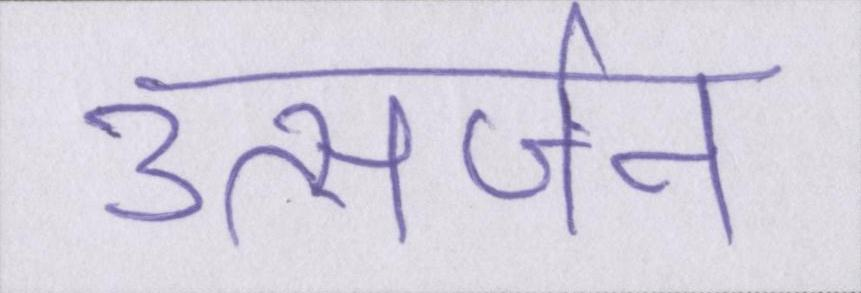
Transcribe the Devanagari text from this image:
उत्सर्जन